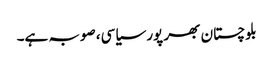
بلوچستان بھر پور سیاسی، صوبہ ہے۔